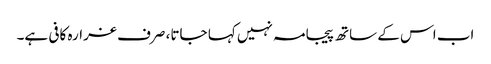
اب اس کے ساتھ پیجامہ نہیں کہا جاتا، صرف غرارہ کافی ہے۔